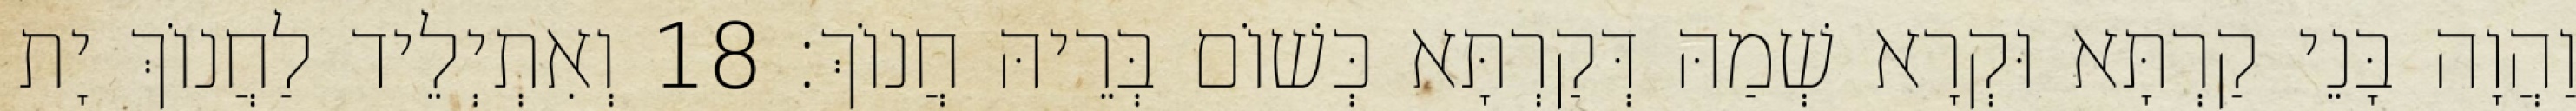
וַהֲוָה בָּנֵי קַרְתָּא וּקְרָא שְׁמַהּ דְּקַרְתָּא כְּשׁוֹם בְּרֵיהּ חֲנוֹךְ׃ 18 וְאִתְיְלֵיד לַחֲנוֹךְ יָת